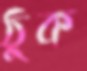
ঠুক